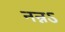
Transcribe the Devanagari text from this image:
नन्नऽ